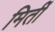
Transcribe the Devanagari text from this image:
मिर्ती